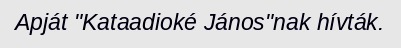
Apját "Kataadioké János"nak hívták.